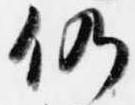
仍